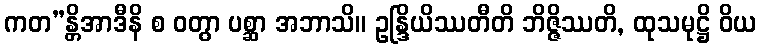
ကတ”န္တိအာဒီနိ စ ဝတွာ ပစ္ဆာ အဘာသိ။ ဥန္ဒြိယိဿတီတိ ဘိဇ္ဇိဿတိ, ထုသမုဋ္ဌိ ဝိယ